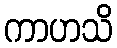
ကာဟသိ